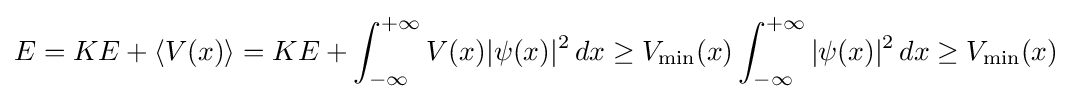
E=KE+\langle V(x)\rangle =KE+\int _{-\infty }^{+\infty }V(x)|\psi (x)|^{2}\,dx\geq V_{\text{min}}(x)\int _{-\infty }^{+\infty }|\psi (x)|^{2}\,dx\geq V_{\text{min}}(x)